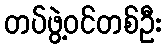
တပ်ဖွဲ့ဝင်တစ်ဦး